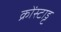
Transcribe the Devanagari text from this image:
क्रोंस्टाड्ट